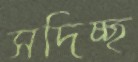
সদিচ্ছ